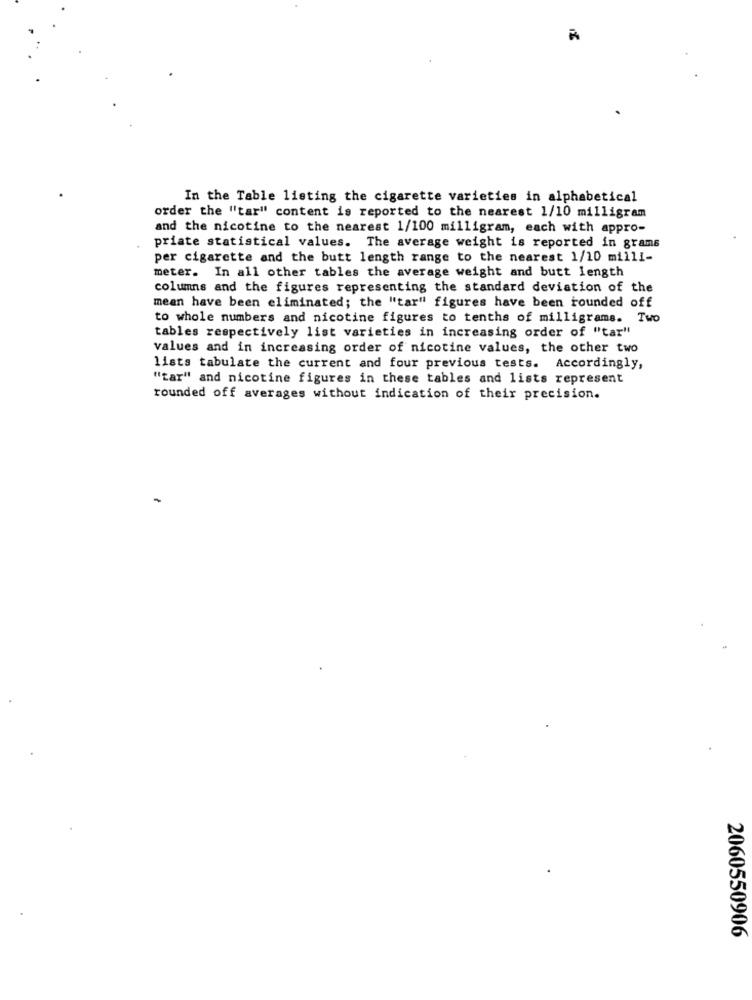
In the Table listing the cigarette varieties in alphabetical
order the "tar" content is reported to the nearest 1/10 milligram
and the nicotine to the nearest 1/100 milligram, each with appro-
priate statistical values. The average weight is reported in grams
per cigarette and the butt length range to the nearest 1/10 milli-
meter. In all other tables the average weight and butt length
columns and the figures representing the standard deviation of the
mean have been eliminated; the "tar" figures have been rounded off
to whole numbers and nicotine figures to tenths of milligrams. Two
tables respectively list varieties in increasing order of "tar"
values and in increasing order of nicotine values, the other two
lists tabulate the current and four previous tests. Accordingly,
"tar" and nicotine figures in these tables and lists represent
rounded off averages without indication of their precision.
2060550906